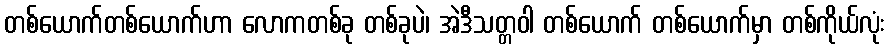
တစ်ယောက်တစ်ယောက်ဟာ လောကတစ်ခု တစ်ခုပဲ၊ အဲဒီသတ္တဝါ တစ်ယောက် တစ်ယောက်မှာ တစ်ကိုယ်လုံး